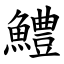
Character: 鱧